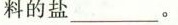
料的盐_______。